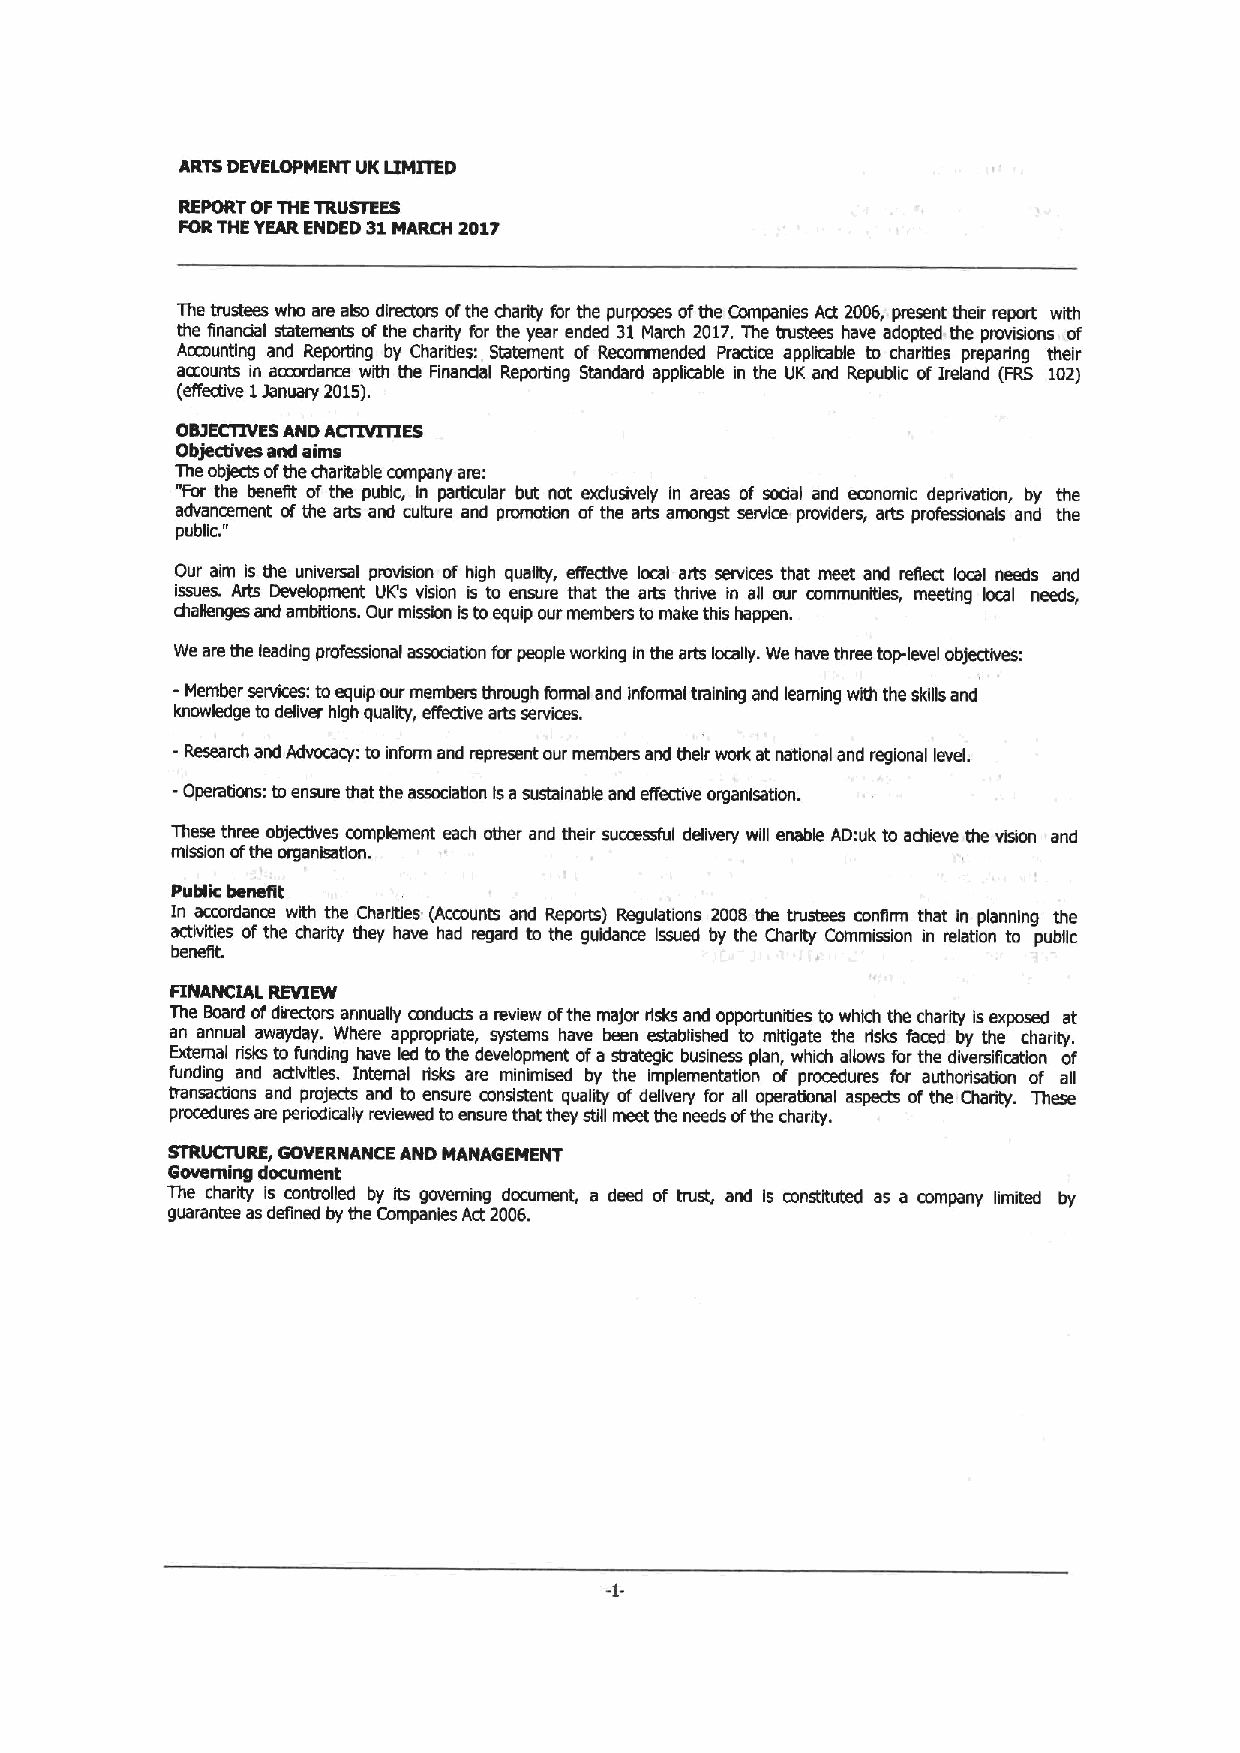
ARTS DEVELOPMENT UK lIMITED
 REPORTOFTHETRUSTEES
 FORTHEYEARENDED 31 MARCH 2017
 The trustees who are also directors ofthe charity for the purposes ofthe Companies Act 2006, present their report with
 the financial slatements ofthe charity for the year ended 31March 2017.The trustees have adopted the provisions of
 Accounting and Reportlng by Chariues: Ratement of Recommended Practice appkable to charities preparing their
 aacounts in acmrdance with the Financial Reporting Standard appliable in the UK and Republic ofImland (FRS 102)
 (effective 1January 2015).
 OSIECllVES AND ACl1VITIES
 Objectives and aims
 The objects ofthe charitable company are:
 "For the benefit of the pubic, in partlmlar but not exdusively In areas of sxial and economic deprivation, by the
 advance "ment ofthe arts and culture and promotion ofthe arts amongst servim praviders, arts professionals and the
 pubfic.
 Our aim Is the universal provision af high quafity, efliective local arts services that meet and reflect local needs and
 issues. Arts Development UICs vision is ta ensure that the arts thrive in all our mmmuniyies, meeting local needs,
 challenges and ambitions. Our mission istoequip our members tomake this happen.
 We are the leading professional association for people working Inthe arts locally. We have three toplevel objectives:
 - Member services: toequip our members through formal and informal tmlnlng and learning wkh the skills and
 knowledge todeliver high quafity, effective arts services.
 -Research and Advocacy: toinform and represent our members and their work at national and regional level.
 -Operations: ta ensure that the association isasustainable and effective organlsatlon.
 These three objectives mmplement each other and their successful defivery will enable AD:uk to achieve the vision and
 mission afthe organisation.
 Public benefft
 In acmrdance with the Charities (Acmunts and Reports) Regulations 2008 the trustees confirm that In planning the
 activities ofthe charity they have had regard to the guidance Issued by the Charity Commission in relation to public
 benefit.
 FINANCIAL REVIEW
 The Soard ofdirectors annually conducts a review ofthe major risks and opportunities towhkh the charity Isexposed at
 an annual awayday. Where appropriate, systems have been established to mitigate the risks faced by the charity.
 External risks to funding have led tothe development afa strategic business plan, which allaws for the diversification of
 funding and aOlvities. Internal risks are rninimlsed by the Implementation of pnxedures for authorisatian cf all
 transacfions and projects and ta ensure mnslstent quality of delivery for all operational aspects ofthe Charity. These
 procedures are periodically reviewed toensure that they still meet the needs ofthe charity.
 STRUCTURE, GOVERNANCE AND MANAGEMENT
 Gtweiming document
 The charity is mntrolled by its gaveming document, a deed af trust, and Is constituted as a mmpany limited by
 guarantee asdefined by the Companies Act 2006.